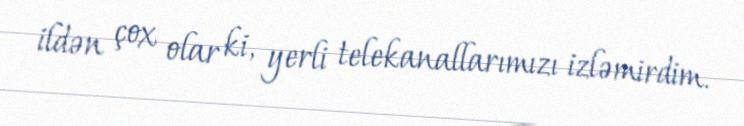
ildən çox olar ki, yerli telekanallarımızı izləmirdim.